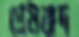
প্রেমবাদ